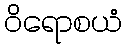
ဝိရောစယံ